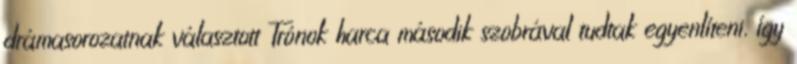
drámasorozatnak választott Trónok harca második szobrával tudtak egyenlíteni, így